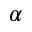
_ \alpha